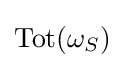
{\text{Tot}}(\omega _{S})